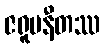
ဇရူပနီတဿ